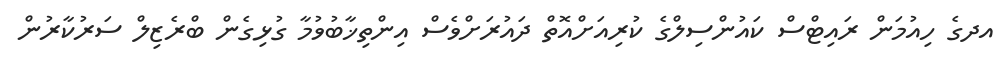
އދގެ ހިއުމަން ރައިޓްސް ކައުންސިލްގެ ކުރިއަށްއޮތް ދައުރަށްވެސް އިންތިޚާބުވުމާ ގުޅިގެން ބްރެޒިލް ސަރުކާރުން